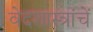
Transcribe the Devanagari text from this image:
वेदशास्त्रांचें